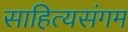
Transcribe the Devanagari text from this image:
साहित्यसंगम